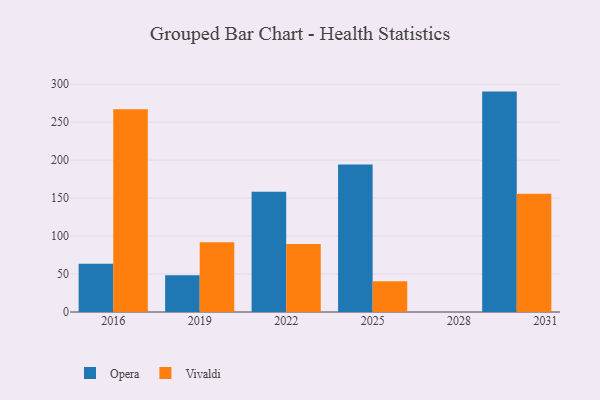
{"axis": {"x": "Year", "y": "Customer Acquisition Cost (USD)"}, "legend": ["Opera", "Vivaldi"], "data": [{"x": "2025", "y": 194.3, "type": "Opera"}, {"x": "2025", "y": 40.5, "type": "Vivaldi"}, {"x": "2019", "y": 48.3, "type": "Opera"}, {"x": "2019", "y": 91.8, "type": "Vivaldi"}, {"x": "2016", "y": 63.7, "type": "Opera"}, {"x": "2016", "y": 267.0, "type": "Vivaldi"}, {"x": "2022", "y": 158.5, "type": "Opera"}, {"x": "2022", "y": 89.5, "type": "Vivaldi"}, {"x": "2030", "y": 290.3, "type": "Opera"}, {"x": "2030", "y": 155.8, "type": "Vivaldi"}]}